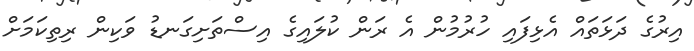
އިރުގެ ދަޅަތައް އެޅިފައި ހުރުމުން އެ ރަން ކުލައިގެ އިސްތަށިގަނޑު ވަކިން ރިތިކަމަށް